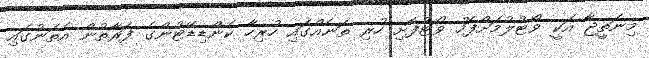
މިނަތީޖާ އަކީ ވޯޓުލުމަށްފަހު ވޯޓުފޮށި ހުރި ތަނެއްގައި ހުރިހާ ކެންޑިޑޭޓުންގެ ފަރާތުން އެތަނުގައި